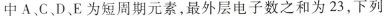
中A、C、D、E为短周期元素，最外层电子数之和为23，下列